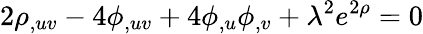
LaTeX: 2\rho_{,uv}-4\phi_{,uv}+4\phi_{,u}\phi_{,v}+\lambda^{2}e^{2\rho}=0